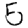
Digit: 5